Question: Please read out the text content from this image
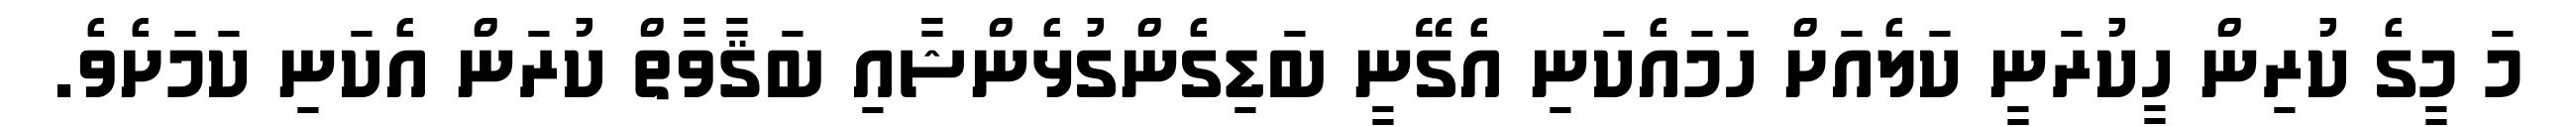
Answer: މަ މީގެ ކުރިން ހީކުރަނީ ކަލެއަށް ހަމައެކަނި އެގޭނީ ބަޑިގެންގުޅެންޝާއި ބަޤާވާތް ކުރަން އެކަނި ކަމަށެވެ.